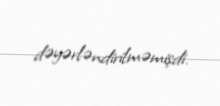
dəyərləndirilməmişdi.